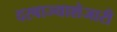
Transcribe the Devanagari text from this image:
दरवाज्याशेजारी